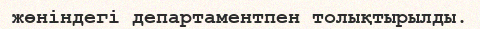
жөніндегі департаментпен толықтырылды.